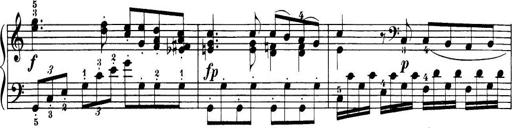
Title: 32 Sonatinas and Rondos for the Piano
Composer: Richard Kleinmichel